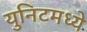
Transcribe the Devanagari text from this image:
युनिटमध्ये